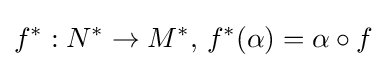
f^{*}:N^{*}\to M^{*},\,f^{*}(\alpha )=\alpha \circ f